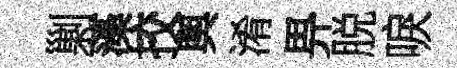
剿藻挍輿淆畀脱唳